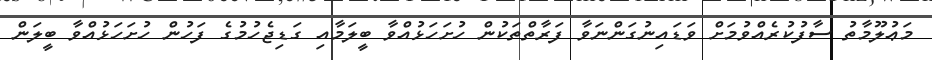
މަޢުލޫމާތު ސާފުކުރެއްވުމަށް ވަޑައިނުގަންނަވާ ފަރާތްތަކުން ހުށަހަޅުއްވާ ބީލަމާއި ގަޑިޖެހުމުގެ ފަހުން ހުށަހަޅުއްވާ ބީލަން